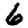
Digit: 6